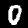
Digit: 0